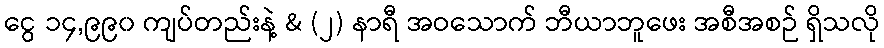
ငွေ ၁၄,၉၉၀ ကျပ်တည်းနဲ့ & (၂) နာရီ အဝသောက် ဘီယာဘူဖေး အစီအစဉ် ရှိသလို